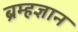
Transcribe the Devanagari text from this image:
ब्रम्हज्ञान